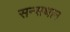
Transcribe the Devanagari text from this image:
सन्सथान